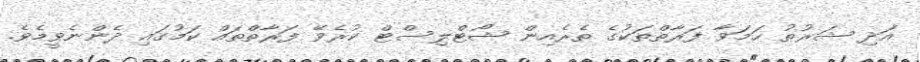
އަދި ޝަރުޠު ހަމަވާ ފަރާތްތަކުގެ ތެރެއިން ޝޯޓްލިސްޓް ކުރެވޭ ފަރާތްތައް ކަމުގައި ދެންނެވީމެވެ.